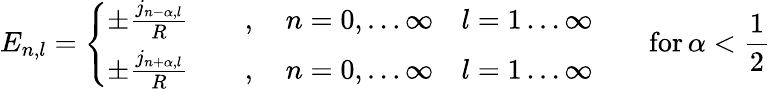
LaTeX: E_{n,l}=\left\{ \begin{array}{l}{{\pm\frac{j_{n-\alpha,l}}{R}\qquad,\quad n=0,\ldots\infty\quad l=1\ldots\infty}}\\ {{\pm\frac{j_{n+\alpha,l}}{R}\qquad,\quad n=0,\ldots\infty\quad l=1\ldots\infty}}\end{array}\right.\qquad\mathrm{for}\, \alpha<\frac{1}{2}